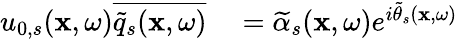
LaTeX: \begin{array}{rl}{u_{0,s}(\mathbf{x},\omega)\overline{{\widetilde{q}_{s}(\mathbf{x},\omega)}}}&{{}=\widetilde{\alpha}_{s}(\mathbf{x},\omega)e^{i\widetilde{\theta}_{s}(\mathbf{x},\omega)}}\end{array}